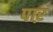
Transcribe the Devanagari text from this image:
पाऱ